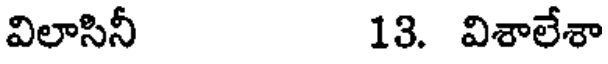
విలాసినీ 13. విశాలేశా